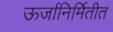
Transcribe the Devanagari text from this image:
ऊर्जानिर्मितीत